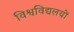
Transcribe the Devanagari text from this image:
विश्वविद्यलयों